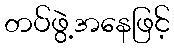
တပ်ဖွဲ့အနေဖြင့်